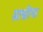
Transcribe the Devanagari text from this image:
ग्राभ्रीचा